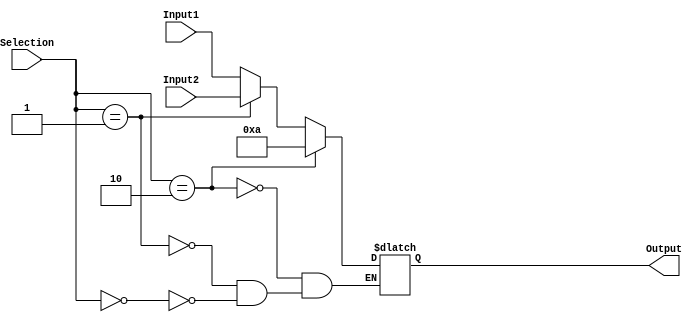
`timescale 1ns / 1ps
//////////////////////////////////////////////////////////////////////////////////
// Company: 
// Engineer: 
// 
// Design Name: 
// Module Name:    TwoInputOr10 
// Project Name: 
// Target Devices: 
// Tool versions: 
// Description: 
//
// Dependencies: 
//
// Revision: 
// Revision 0.01 - File Created
// Additional Comments: 
//
//////////////////////////////////////////////////////////////////////////////////
module Mux_MemInData(
    input [15:0] Input1,
    input [15:0] Input2,
    input [1:0] Selection,
    output reg [15:0] Output
    );
	
	
	always @ (Selection or Input1 or Input2)
	begin
		if( Selection == 0)
			Output = Input1;
		if( Selection == 1)
			Output = Input2;
		if( Selection == 2)
			Output = 16'b1010;
	end
	
endmodule